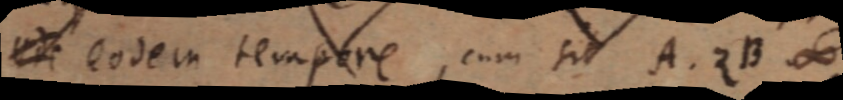
_ eodem tempore, cum sit A. ZB ∞